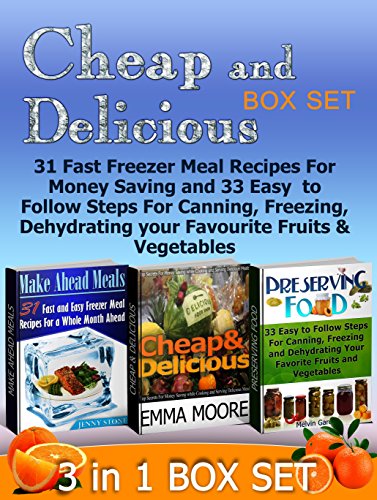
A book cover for Cheap and Delicious Box Set: 31 Fast Freezer Meal Recipes For Money Saving and 33 Easy  to Follow Steps For Canning, Freezing, Dehydrating your Favourite ... Delicious, cheap meals, Make Ahead Meals); Jenny Stone; Cookbooks, Food & Wine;